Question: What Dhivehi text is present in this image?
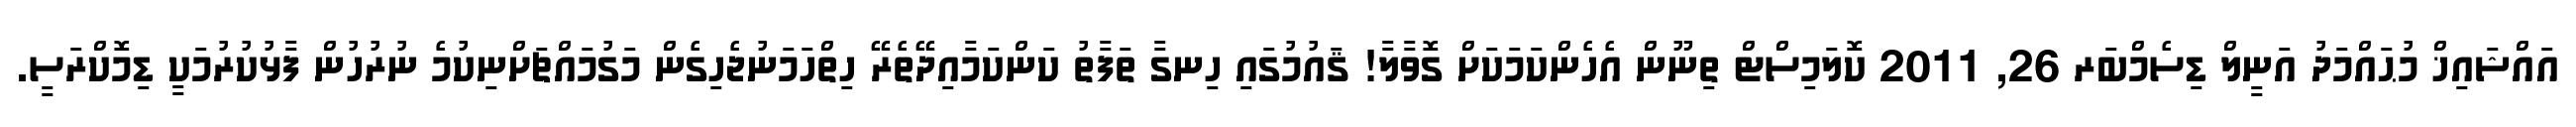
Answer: އައްޝައިޚް މުޙައްމަދު އަނީލް ޑިސެމްބަރ 26, 2011 ކޮލަމިސްޓް ތިނޫން އެހެންކަމަކަށް ގޮވާލާ! ޤައުމުގައި ހިނގާ ތަފާތު ކަންކަމާއިދޭތެރޭ ހިތްހަމަނުޖެހިގެން މަގުމައްޗަށްނިކުމެ ނުރުހުން ފާޅުކުރުމަކީ ޑިމޮކްރަސީ.